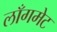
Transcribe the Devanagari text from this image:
लाँगमेट